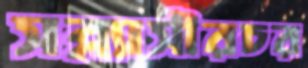
সন্ন্যাসীরচর